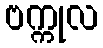
ဗက္ကုလ